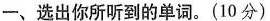
一、选出你所听到的单词.(10分)